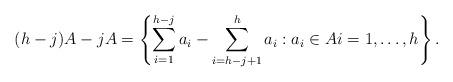
LaTeX: \begin{align*}(h-j)A - jA = \left\{ \sum_{i=1}^{h-j} a_i - \sum_{i=h-j+1}^h a_i : a_i \in A i=1,\ldots, h \right\}. \end{align*}